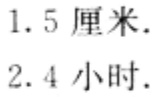
1.5 厘米.

2.4 小时.